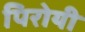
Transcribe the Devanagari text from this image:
पिरोयी